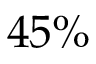
4 5 \%